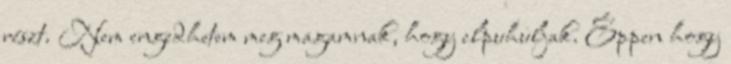
részt. Nem engedhetem meg magamnak, hogy elpuhuljak. Éppen hogy